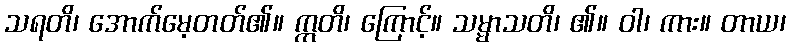
သရတိ၊ အောက်မေ့တတ်၏။ ဣတိ၊ ကြောင့်။ သမ္မာသတိ၊ ၏။ ဝါ၊ ကား။ တာယ၊